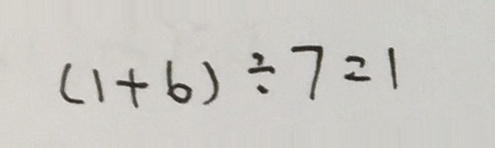
( 1 + 6 ) \div 7 = 1